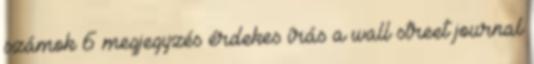
számok 6 megjegyzés érdekes írás a wall street journal